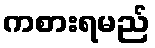
ကစားရမည်